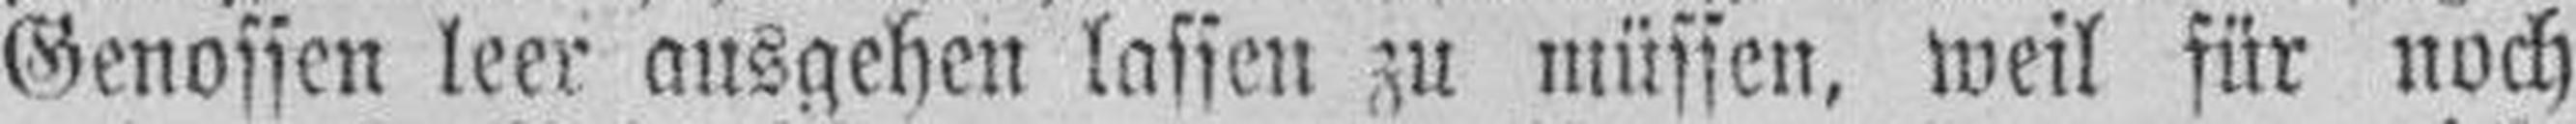
Genossen leer ausgehen lassen zu müssen, weil für noch